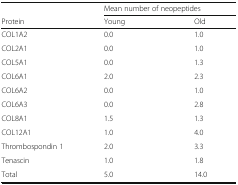
<table><thead><tr><td></td><td colspan="2"><b>Mean number of neopeptides</b></td></tr><tr><td><b>Protein</b></td><td><b>Young</b></td><td><b>Old</b></td></tr></thead><tbody><tr><td>COL1A2</td><td>0.0</td><td>1.0</td></tr><tr><td>COL2A1</td><td>0.0</td><td>1.0</td></tr><tr><td>COL5A1</td><td>0.0</td><td>1.3</td></tr><tr><td>COL6A1</td><td>2.0</td><td>2.3</td></tr><tr><td>COL6A2</td><td>0.0</td><td>1.0</td></tr><tr><td>COL6A3</td><td>0.0</td><td>2.8</td></tr><tr><td>COL8A1</td><td>1.5</td><td>1.3</td></tr><tr><td>COL12A1</td><td>1.0</td><td>4.0</td></tr><tr><td>Thrombospondin 1</td><td>2.0</td><td>3.3</td></tr><tr><td>Tenascin</td><td>1.0</td><td>1.8</td></tr><tr><td>Total</td><td>5.0</td><td>14.0</td></tr></tbody></table>